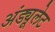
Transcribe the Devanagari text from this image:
अंड्यूलेट